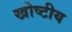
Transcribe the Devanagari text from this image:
खोष्टीय